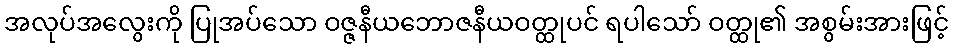
အလုပ်အလွေးကို ပြုအပ်သော ဝဇ္ဇနီယဘောဇနီယဝတ္ထုပင် ရပါသော် ဝတ္ထု၏ အစွမ်းအားဖြင့်